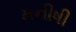
મનીષી